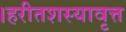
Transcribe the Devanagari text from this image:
।हरीतशस्यावृत्त